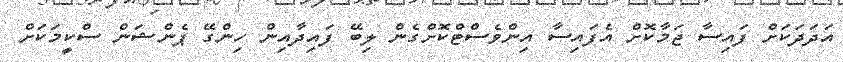
އަދަދަކަށް ފައިސާ ޖަމާކޮށް އެފައިސާ އިންވެސްޓްކޮށްގެން ލިބޭ ފައިދާއިން ހިންގޭ ޕެންޝަން ސްކީމަކަށް